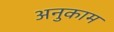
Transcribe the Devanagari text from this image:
अनुकाम